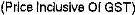
(PRLCE INCLUSIVE OF GST)